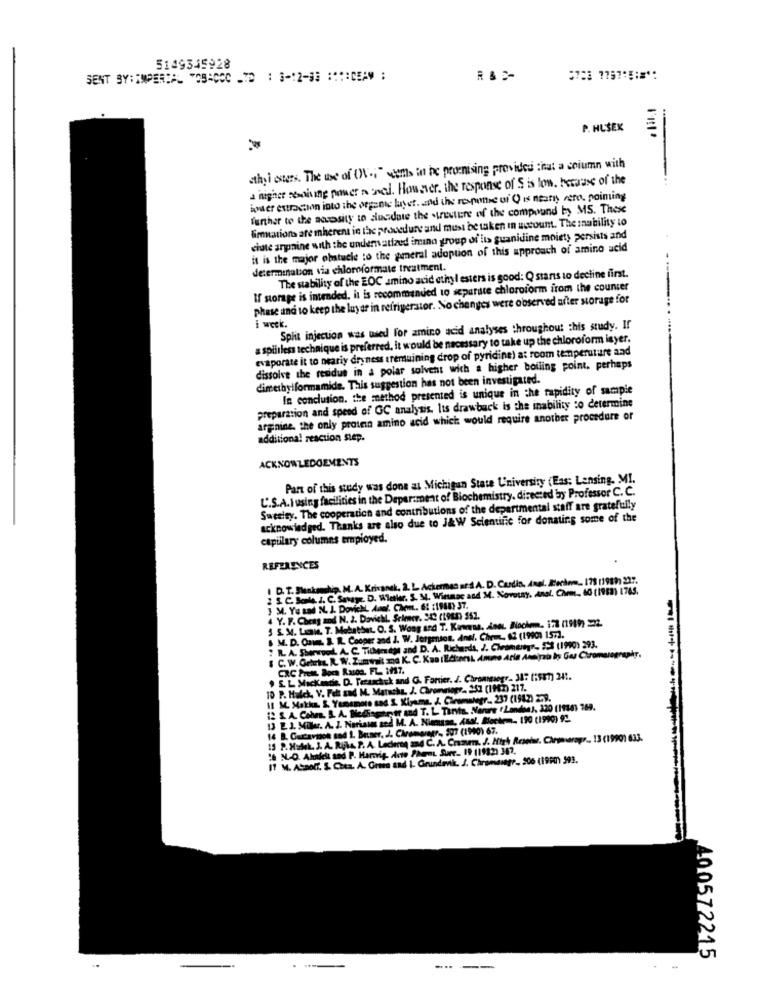
5149345928
SENT BY:IMPERIAL TOBACCO - : 3-12-33 :*** CEAV ;
P. HUŠEK
thy i esters. The use of OK .; " seems in he promising provided that a column with
a higher resolving power n oned. However, the response of'S is low. because of the
water extraction into the organic layet. and the respective of Q is nearly cero. poiming
further to the seasity to duedate the .trestere of the compound by MS. These
limitations are mherent in the procedure and must be taken in uwcount. The Inability to
chute anpaine with the undermatized imuna group of its guanidine moiety persists and
it is the major obstacle to the general adoption of this approach of amino acid
determination via chloroformale treatment.
The stability of the EOC amino acid ethyl esters is good: Q starts to decline first.
If storage is intended. it is recommended to separate chloroform irom the counter
phase and to keep the luyar in refrigerator. No changes were observed after storage for
i week.
Split injection was used for amino acid analyses throughout this study. If
a spiltless technique is preferred, it would be necessary to take up the chloroform isyer.
evaporate it to neariy dryness remaining drop of pyridine) at room temperature and
dissolve the residus in a polar solvent wich a higher boiling point. perhaps
dimethylformamide. This suggestion has not been investigated.
In conclusion. the method presented is unique in the rapidity of sample
preparation and speed of GC analysis. Its drawback is the inability to determine
arginine, the only protein amino acid which would require another procedure or
additional reaction step.
ACKNOWLEDGEMENTS
Part of this study was done at Michigan State University (Eas: Lansing. MI.
L'.S.A.I using facilities in the Department of Biochemistry. directed by Professor C.C.
Sweeity. The cooperation and contributions of the departmental staff are gratefully
acknowledged. Thanks are also due to J&W Scientific for donating some of the
capillary columns employed.
REFERENCES
I D. T. Slenksahip, M. A. Krivansk. 2. L Ackermas ar S A. D. Cardin, Anal. Jerkom_ 178 (1989) 227.
1 5. C. Sola. J. C. Saupr. D. Whether. S. M. Winaac and M. Novouy, Anal. Chem, 60 (1983) 1765.
3 M. Ya und N. J. Dovich, Amol, Che. 6: : 1980) 37.
4 Y. F. Cheng and N. 2. Davishl. Scimer. 32 (1990) 562.
5 S. M. Lais. T. Mobathat. O. S. Wong and T. Kuwana. Joel. Biochem. 173 (1989) 22.
M. D. Onm. I. R. Cooper and J. W. Jorgenson. Anal, Cheme. 62 (1990) 1572.
" IL. A. SherwporL A. C. Tillersdy and D. A. Richards, J. Chramertyr. 553 (1990) 293.
& C. W.Orts. R. W. Zumwalt ma K. C. KanIEM:anL Amune Arle Acenza Is Gas Chromatography,
CXC Prett. Bocs Raios. FL ., 1997.
. EL Mackmde. D. Teruschuk and G. Fanticr. J. Chrominsegr. 31: 1:57) 241.
10 P. Hulck, V. Fatt and M. Matucha, J. Chromosogr. 252 (192) 217.
11 M. Matka, & Yamamoto sad S. Kiyama, J. Chromalegr .. 237 (1982) 272.
12 S. A. Colm. L. A. Nedingerstr and T. L. Tinta. Narre Landnes, 320 (1938) 769.
13 2.J. Mir. A. J. Noriats zed
Hall med M. A. Niemann, Asal. Blockem- 190 (1990) 92.
14 B. Cacavison sad 1. Butner, J. Chromwegr ., 207 (1990) 67.
15 P. Halk. J. A. Rijks. P. A. Leclercq and C. A. Crazem. J. Migh Resetwr. Chemsaragr .. 13 (1990) 633.
in Acto Phent Surr. 19 (1982) 367.
"6 N-O. Almafelt and P. Hartvig Acto
11 M. ASpolf. S. Cota. A. Ortea and 1. Grundevik, J. Chromsiege, 206 (1990) 393.
400572215
--
. .